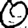
Digit: 0